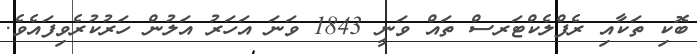
ބޮކި ތަކާއި ރެފްލެކްޓަރސް ތައް ވަނީ 1843 ވަނަ އަހަރު އަލުން ހަރުކުރެވިފައެވެ.